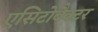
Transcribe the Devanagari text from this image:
एसिटोबैक्टर